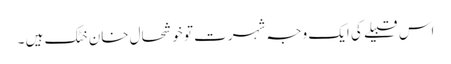
اس قبیلے کی ایک وجہ شہرت تو خوشحال خان خٹک ہیں ۔